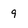
Character: 9